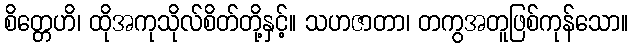
စိတ္တေဟိ၊ ထိုအကုသိုလ်စိတ်တို့နှင့်။ သဟဇာတာ၊ တကွအတူဖြစ်ကုန်သော။